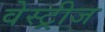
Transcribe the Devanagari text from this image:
वेस्ट्रीज